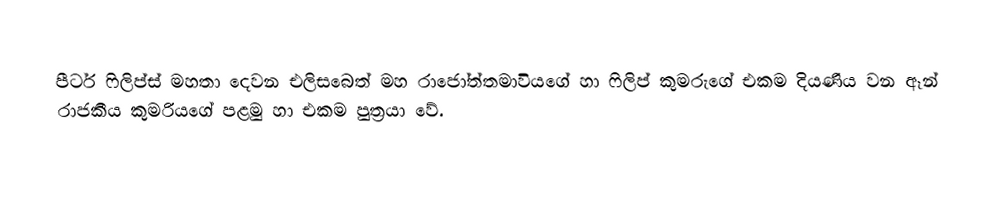
පීටර් ෆිලිප්ස් මහතා දෙවන එලිසබෙත් මහ රාජෝත්තමාවියගේ හා ෆිලිප් කුමරුගේ එකම දියණිය වන ඈන් රාජකීය කුමරියගේ පළමු හා එකම පුත්‍රයා වේ.